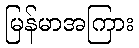
မြန်မာအကြား